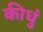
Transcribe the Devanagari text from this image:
कीधुं